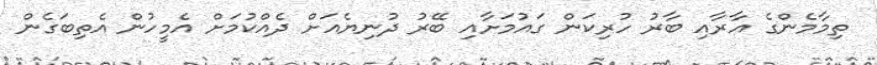
ތިމާމެންގެ އާރާއި ބާރު ހުރިކަން ގައުމަށާއި ބޭރު ދުނިޔެއަށް ދެއްކުމަށް އެމީހުން އެތިބަގެން